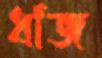
ধাঁজ